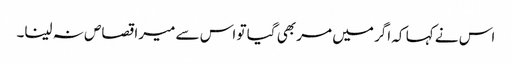
اس نے کہا کہ اگر میں مر بھی گیا تو اس سے میرا قصاص نہ لینا۔